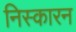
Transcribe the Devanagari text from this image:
निस्कारन